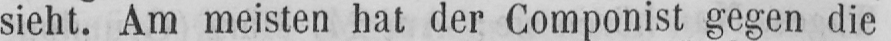
sieht. Am meisten hat der Componist gegen die